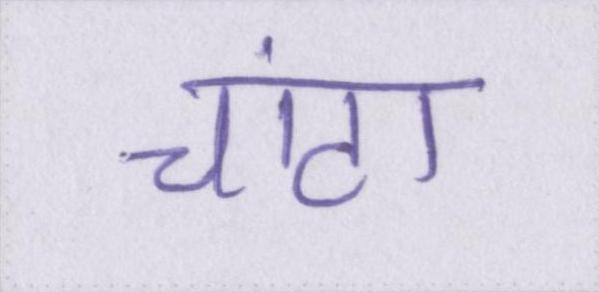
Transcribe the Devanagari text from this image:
चांटा